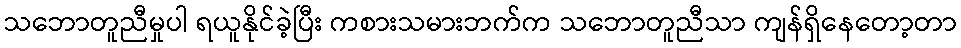
သဘောတူညီမှုပါ ရယူနိုင်ခဲ့ပြီး ကစားသမားဘက်က သဘောတူညီသာ ကျန်ရှိနေတော့တာ